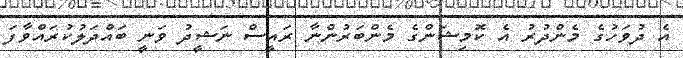
އެ ދުވަހުގެ މެންދުރު އެ ކޮމިޝަންގެ މެންބަރުންނާ ރައީސް ނަޝީދު ވަނީ ބައްދަލުކުރައްވާފަ